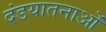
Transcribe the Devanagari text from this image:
दंडयातनाओं